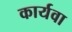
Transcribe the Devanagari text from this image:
कार्यवा